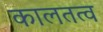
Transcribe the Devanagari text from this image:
कालतत्व